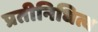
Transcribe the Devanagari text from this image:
प्रतीनिधित्व